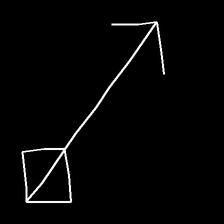
Glyph: focus